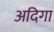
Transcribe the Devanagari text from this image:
अदिगा